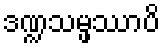
ဒဏ္ဍသမ္ဖဿာပိ